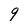
Character: 9